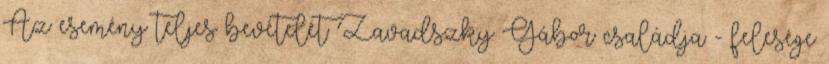
Az esemény teljes bevételét Zavadszky Gábor családja - felesége